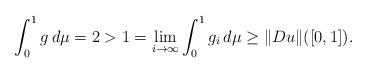
LaTeX: \begin{align*}\int_0^1 g\,d\mu = 2 > 1 = \lim_{i\to\infty} \int_0^1 g_i\,d\mu \geq \Vert Du\Vert([0,1]).\end{align*}